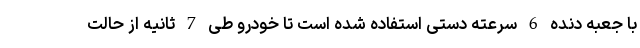
با جعبه دنده 6 سرعته دستی استفاده شده است تا خودرو طی 7 ثانیه از حالت